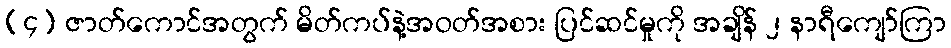
(၄) ဇာတ်ကောင်အတွက် မိတ်ကပ်နဲ့အဝတ်အစား ပြင်ဆင်မှုကို အချိန် ၂ နာရီကျော်ကြာ